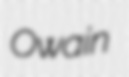
Owain